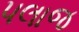
પલાજ